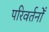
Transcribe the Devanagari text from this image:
परिवर्तनोँ